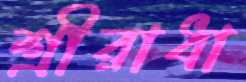
শ্রীরাধা